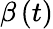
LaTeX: \beta\left(t\right)